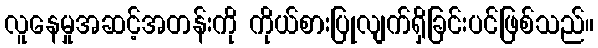
လူနေမှုအဆင့်အတန်းကို ကိုယ်စားပြုလျက်ရှိခြင်းပင်ဖြစ်သည်။